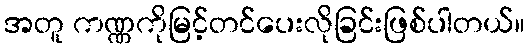
အတူ ကဏ္ဏကိုမြင့်တင်ပေးလိုခြင်းဖြစ်ပါတယ်။